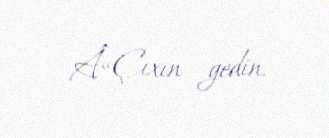
Â«Çıxın gedin.